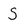
Character: S